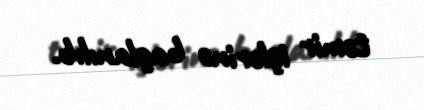
təmir işlərinə başlanılıb.